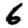
Digit: 6